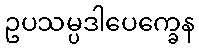
ဥပသမ္ပဒါပေက္ခေန